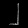
Digit: ၂